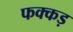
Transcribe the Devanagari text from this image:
फक्‍कड़